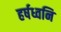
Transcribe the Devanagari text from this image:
हर्षध्वनि